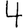
Digit: 4